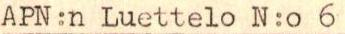
APN:n Luettelo N:o 6